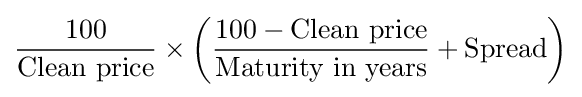
{\frac {100}{\text{Clean price}}}\times \left({\frac {100-{\text{Clean price}}}{\text{Maturity in years}}}+{\text{Spread}}\right)